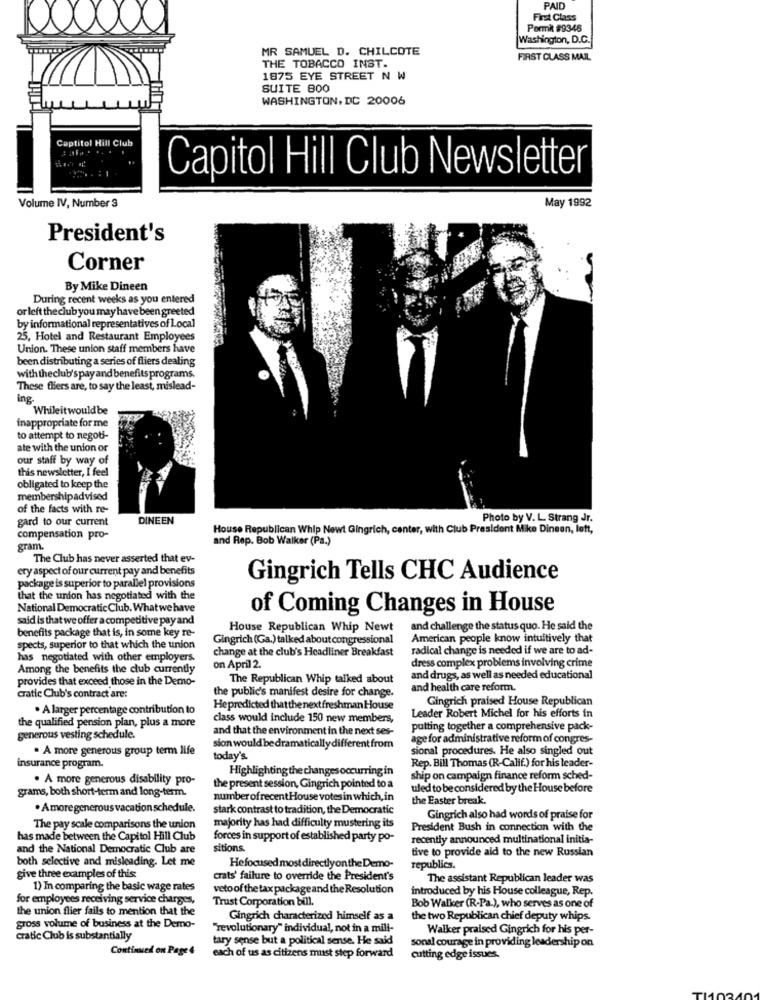
PAID
First Class
Permit #9346
Washington, D.C.
MR SAMUEL D. CHILCOTE
FIRST CLASS MAIL
THE TOBACCO INST.
1875 EYE STREET N W
SUITE 800
WASHINGTON, DC 20006
Captitol Hill Club
Capitol Hill Club Newsletter
May 1992
Volume IV, Number 3
President's
Corner
By Mike Dineen
During recent weeks as you entered
or left the club you may have been greeted
by informational representatives of Local
25, Hotel and Restaurant Employees
Union. These union staff members have
been distributing a series of fliers dealing
with theclub's pay and benefits programs.
These fliers are, to say the least, mislead-
Ing.
Whileit would be
inappropriate for me
to attempt to negoti-
ate with the union or
our staff by way of
this newsletter, I feel
obligated to keep the
membershipadvised
of the facts with re-
gard to our current
DINEEN
Photo by V. L. Strang Jr.
House Republican Whip Newt Gingrich, center, with Club President Mike Dingen, lett,
compensation pro-
and Rep. Bob Walker (Ps.)
gram.
The Club has never asserted that ev-
ery aspect of our current pay and benefits
Gingrich Tells CHC Audience
package is superior to parallel provisions
that the union has negotiated with the
National Democratic Club. What we have
of Coming Changes in House
said is that we offer a competitive payand
House Republican Whip Newt
and challenge the status quo. He said the
benefits package that is, in some key re-
Gingrich (Ga.) talked about congressional
American people know intuitively that
spects, superior to that which the union
change at the club's Headliner Breakfast
radical change is needed if we are to ad-
has negotiated with other employers.
dress complex problems involving crime
Among the benefits the club currently
on April 2.
provides that exceed those in the Demo-
The Republican Whip talked about
and drugs, as well as needed educational
the public's manifest desire for change.
and health care reform.
cratic Club's contract are:
Gingrich praised House Republican
. A larger percentage contribution to
Hepredicted that the next freshman House
class would include 150 new members,
Leader Robert Michel for his efforts in
the qualified pension plan, plus a more
and that the environment in the next ses-
putting together a comprehensive pack-
generous vesting schedule.
age for administrative reform of congres-
. A more generous group term life
sion would be dramatically different from
sional procedures. He also singled out
today's.
Rep. Bill Thomas (R-Calif.) for his leader-
insurance program.
Highlighting the changes occurring in
. A more generous disability pro-
ship on campaign finance reform sched-
the present session, Gingrich pointed to a
uled to be considered by the House before
grams, both short-term and long-term.
number ofrecentHouse votes in which, in
the Easter break.
. Amoregenerous vacation schedule.
stark contrast to tradition, the Democratic
Gingrich also had words of praise for
The pay scale comparisons the union
majority has had difficulty mustering its
President Bush in connection with the
has made between the Capitol Hill Club
forces in support of established party po-
recently announced multinational initia-
and the National Democratic Club are
sitions.
tive to provide aid to the new Russian
both selective and misleading. Let me
Hefocused most directlyonthe Demo-
republics.
give three examples of this:
crats' failure to override the President's
The assistant Republican leader was
1) In comparing the basic wage rates
veto of the tax package and the Resolution
introduced by his House colleague, Rep.
for employees receiving service charges,
Trust Corporation bill
the union flier fails to mention that the
Bob Walker (R-Pa.), who serves as one of
Gingrich characterized himself as a
the two Republican chief deputy whips.
gross volume of business at the Demo-
"revolutionary" individual, not in a mili-
Walker praised Gingrich for his per-
cratic Club is substantially
tary sense but a political sense. He said
sonal courage in providing leadership on
Continued on Page 4
each of us as citizens must step forward
cutting edge issues.